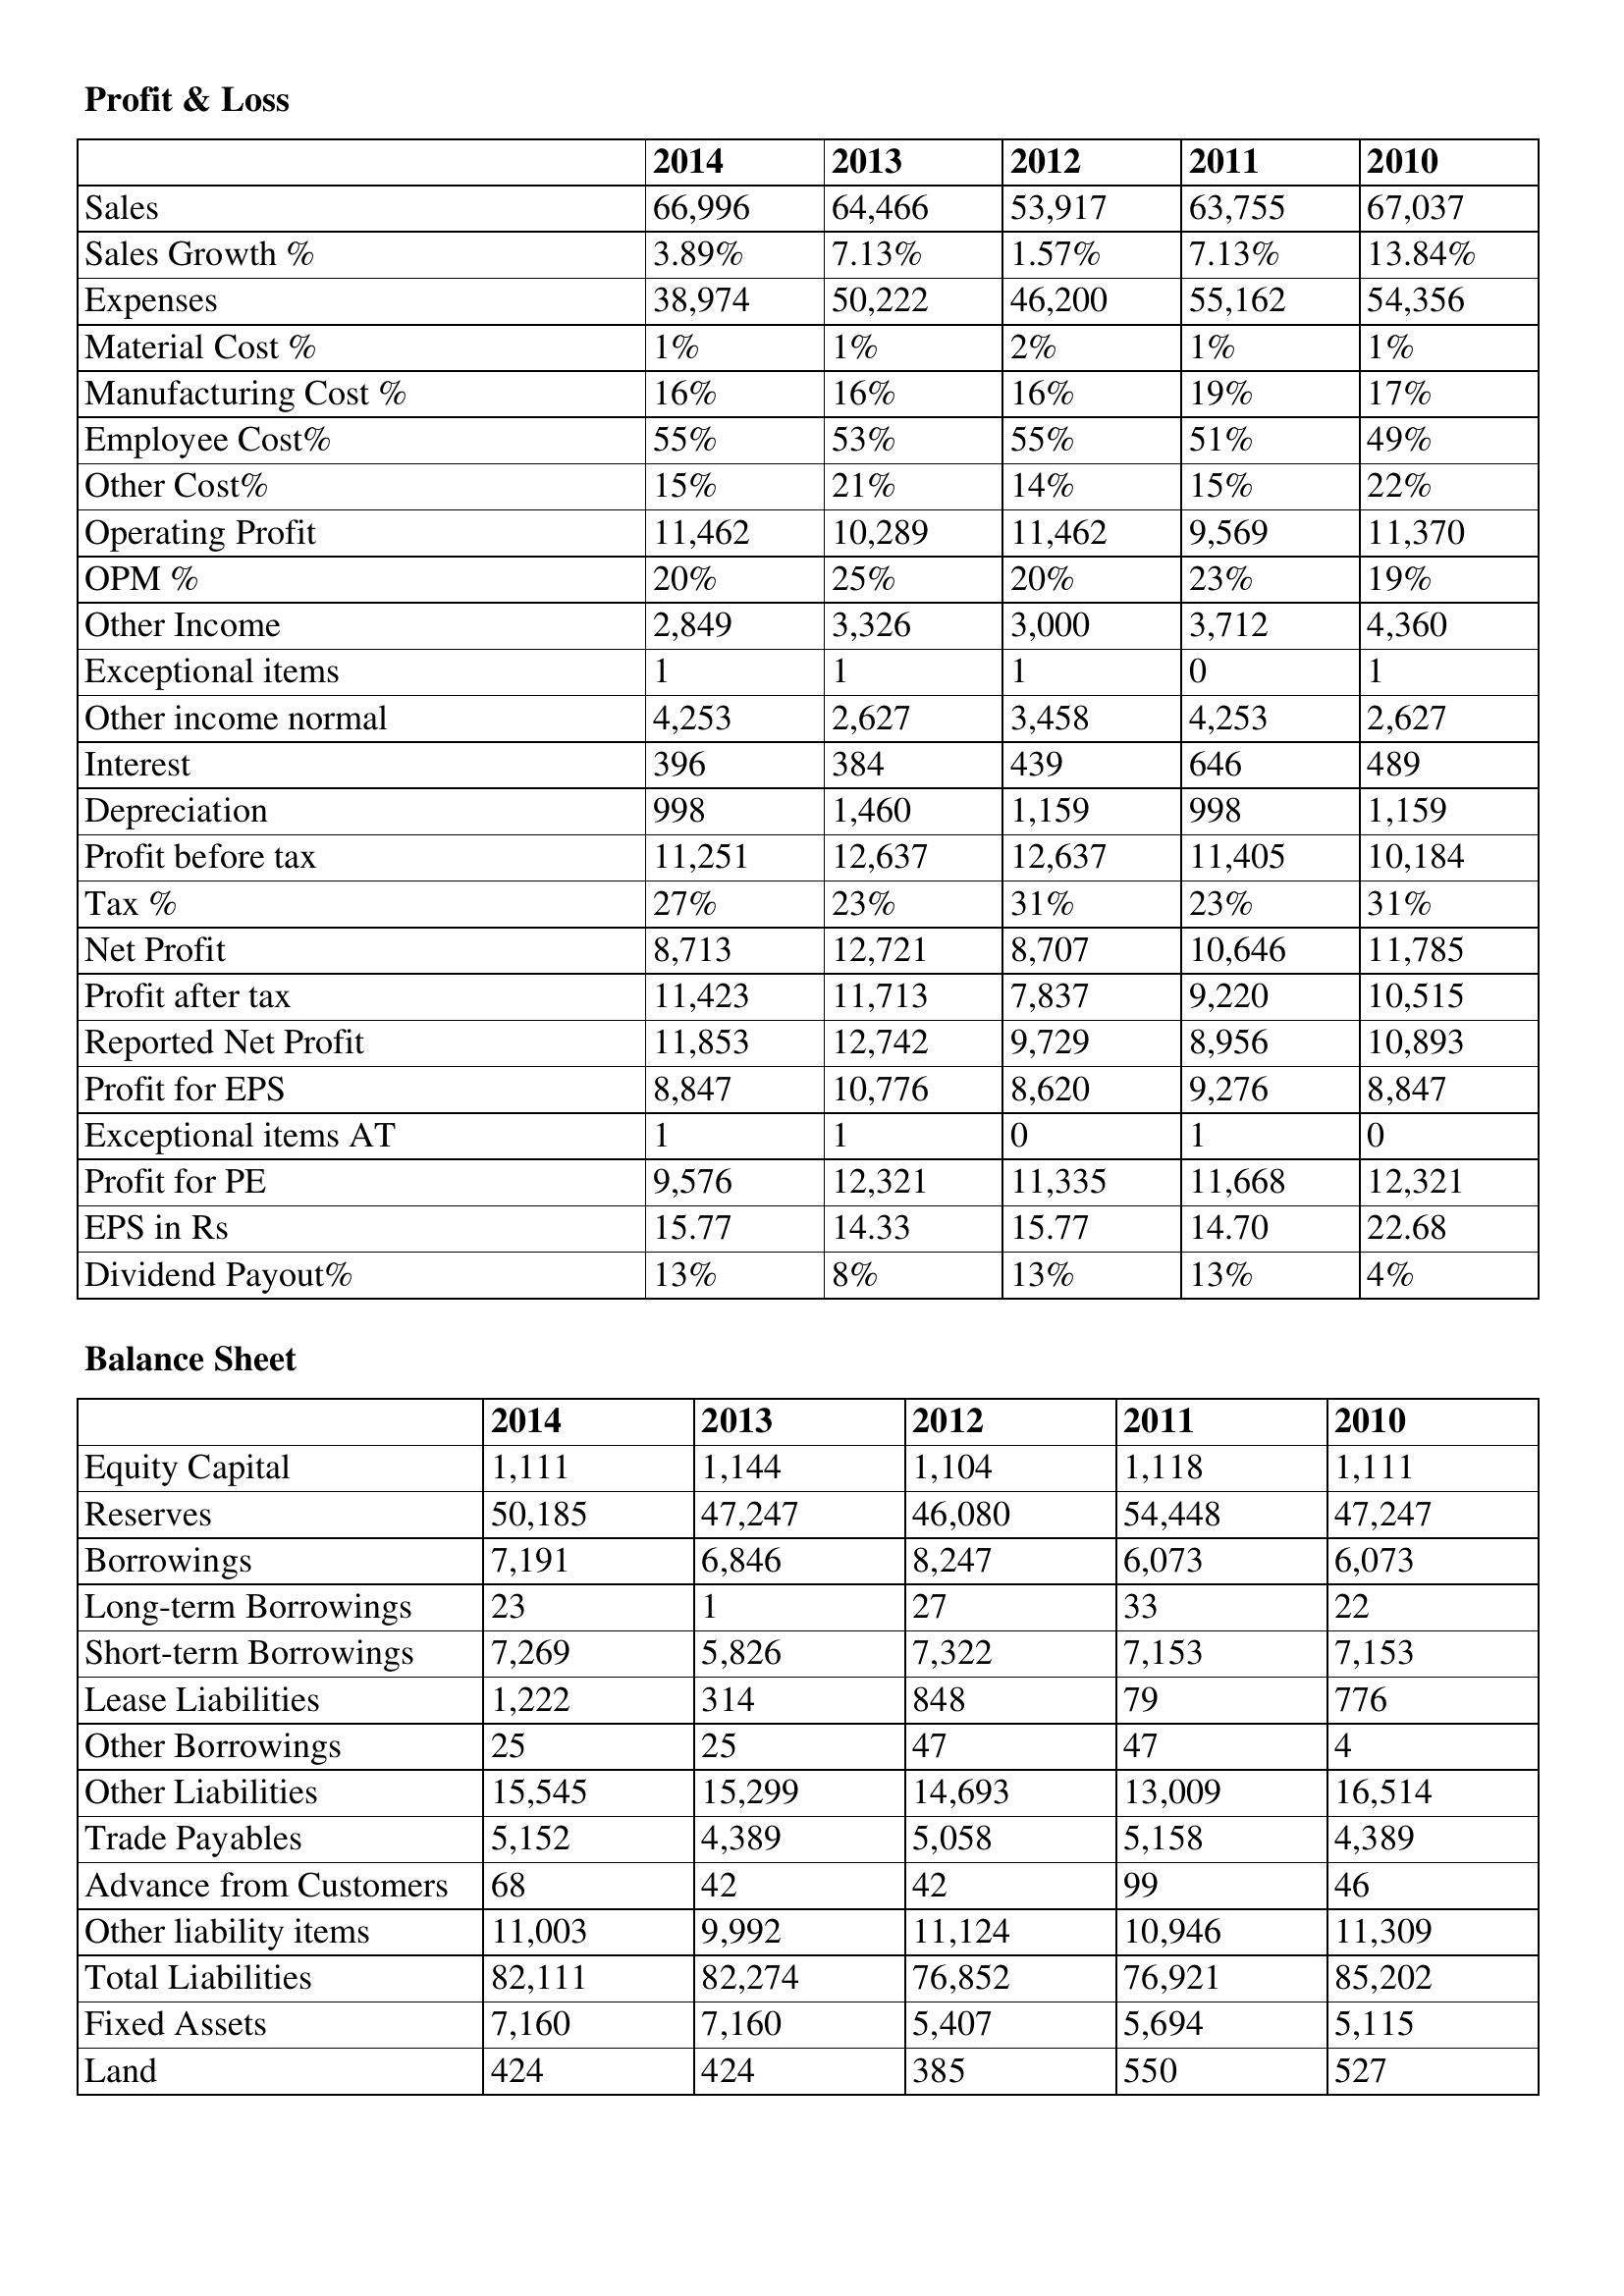
gt_parse: 2014: Profit & Loss: Sales: 66,996
Sales Growth %: 3.89%
Expenses: 38,974
Material Cost %: 1%
Manufacturing Cost %: 16%
Employee Cost%: 55%
Other Cost%: 15%
Operating Profit: 11,462
OPM %: 20%
Other Income: 2,849
Exceptional items: 1
Other income normal: 4,253
Interest: 396
Depreciation: 998
Profit before tax: 11,251
Tax %: 27%
Net Profit: 8,713
Profit after tax: 11,423
Reported Net Profit: 11,853
Profit for EPS: 8,847
Exceptional items AT: 1
Profit for PE: 9,576
EPS in Rs: 15.77
Dividend Payout%: 13%
Balance Sheet: Equity Capital: 1,111
Reserves: 50,185
Borrowings: 7,191
Long-term Borrowings: 23
Short-term Borrowings: 7,269
Lease Liabilities: 1,222
Other Borrowings: 25
Other Liabilities: 15,545
Trade Payables: 5,152
Advance from Customers: 68
Other liability items: 11,003
Total Liabilities: 82,111
Fixed Assets: 7,160
Land: 424
2013: Profit & Loss: Sales: 64,466
Sales Growth %: 7.13%
Expenses: 50,222
Material Cost %: 1%
Manufacturing Cost %: 16%
Employee Cost%: 53%
Other Cost%: 21%
Operating Profit: 10,289
OPM %: 25%
Other Income: 3,326
Exceptional items: 1
Other income normal: 2,627
Interest: 384
Depreciation: 1,460
Profit before tax: 12,637
Tax %: 23%
Net Profit: 12,721
Profit after tax: 11,713
Reported Net Profit: 12,742
Profit for EPS: 10,776
Exceptional items AT: 1
Profit for PE: 12,321
EPS in Rs: 14.33
Dividend Payout%: 8%
Balance Sheet: Equity Capital: 1,144
Reserves: 47,247
Borrowings: 6,846
Long-term Borrowings: 1
Short-term Borrowings: 5,826
Lease Liabilities: 314
Other Borrowings: 25
Other Liabilities: 15,299
Trade Payables: 4,389
Advance from Customers: 42
Other liability items: 9,992
Total Liabilities: 82,274
Fixed Assets: 7,160
Land: 424
2012: Profit & Loss: Sales: 53,917
Sales Growth %: 1.57%
Expenses: 46,200
Material Cost %: 2%
Manufacturing Cost %: 16%
Employee Cost%: 55%
Other Cost%: 14%
Operating Profit: 11,462
OPM %: 20%
Other Income: 3,000
Exceptional items: 1
Other income normal: 3,458
Interest: 439
Depreciation: 1,159
Profit before tax: 12,637
Tax %: 31%
Net Profit: 8,707
Profit after tax: 7,837
Reported Net Profit: 9,729
Profit for EPS: 8,620
Exceptional items AT: 0
Profit for PE: 11,335
EPS in Rs: 15.77
Dividend Payout%: 13%
Balance Sheet: Equity Capital: 1,104
Reserves: 46,080
Borrowings: 8,247
Long-term Borrowings: 27
Short-term Borrowings: 7,322
Lease Liabilities: 848
Other Borrowings: 47
Other Liabilities: 14,693
Trade Payables: 5,058
Advance from Customers: 42
Other liability items: 11,124
Total Liabilities: 76,852
Fixed Assets: 5,407
Land: 385
2011: Profit & Loss: Sales: 63,755
Sales Growth %: 7.13%
Expenses: 55,162
Material Cost %: 1%
Manufacturing Cost %: 19%
Employee Cost%: 51%
Other Cost%: 15%
Operating Profit: 9,569
OPM %: 23%
Other Income: 3,712
Exceptional items: 0
Other income normal: 4,253
Interest: 646
Depreciation: 998
Profit before tax: 11,405
Tax %: 23%
Net Profit: 10,646
Profit after tax: 9,220
Reported Net Profit: 8,956
Profit for EPS: 9,276
Exceptional items AT: 1
Profit for PE: 11,668
EPS in Rs: 14.70
Dividend Payout%: 13%
Balance Sheet: Equity Capital: 1,118
Reserves: 54,448
Borrowings: 6,073
Long-term Borrowings: 33
Short-term Borrowings: 7,153
Lease Liabilities: 79
Other Borrowings: 47
Other Liabilities: 13,009
Trade Payables: 5,158
Advance from Customers: 99
Other liability items: 10,946
Total Liabilities: 76,921
Fixed Assets: 5,694
Land: 550
2010: Profit & Loss: Sales: 67,037
Sales Growth %: 13.84%
Expenses: 54,356
Material Cost %: 1%
Manufacturing Cost %: 17%
Employee Cost%: 49%
Other Cost%: 22%
Operating Profit: 11,370
OPM %: 19%
Other Income: 4,360
Exceptional items: 1
Other income normal: 2,627
Interest: 489
Depreciation: 1,159
Profit before tax: 10,184
Tax %: 31%
Net Profit: 11,785
Profit after tax: 10,515
Reported Net Profit: 10,893
Profit for EPS: 8,847
Exceptional items AT: 0
Profit for PE: 12,321
EPS in Rs: 22.68
Dividend Payout%: 4%
Balance Sheet: Equity Capital: 1,111
Reserves: 47,247
Borrowings: 6,073
Long-term Borrowings: 22
Short-term Borrowings: 7,153
Lease Liabilities: 776
Other Borrowings: 4
Other Liabilities: 16,514
Trade Payables: 4,389
Advance from Customers: 46
Other liability items: 11,309
Total Liabilities: 85,202
Fixed Assets: 5,115
Land: 527